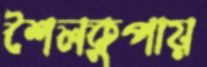
শৈলকুপায়